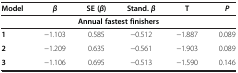
| Model | β | SE (β) | Stand. β | T | P |
 | --- | --- | --- | --- | --- | --- |
 | <COLSPAN=6> Annual fastest finishers |
 | 1 | −1.103 | 0.585 | −0.512 | −1.887 | 0.089 |
 | 2 | −1.209 | 0.635 | −0.561 | −1.903 | 0.089 |
 | 3 | −1.106 | 0.695 | −0.513 | −1.590 | 0.146 |